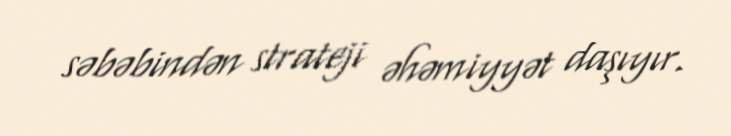
səbəbindən strateji əhəmiyyət daşıyır.